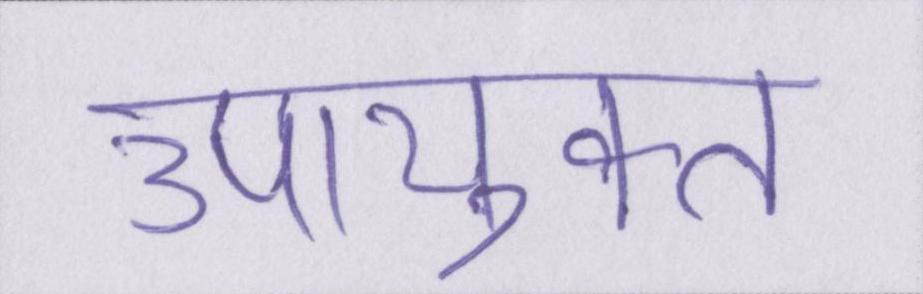
उपायुक्त